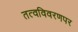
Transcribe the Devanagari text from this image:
तत्वविवरणपर